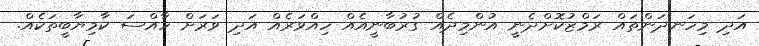
އަދި މިހަނދަންތައް ރަމްޒުކޮށްދެނީ އުންމިދެއް ގުރުބާނީއެއް ހިއްވަރެއް އަދި ވަރަށް ހާއްސަ ކާމިޔާބީތަކެއް.